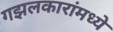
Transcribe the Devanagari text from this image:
गझलकारांमध्ये